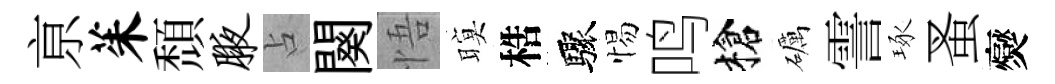
亰茱頹腋占闋悟暝梏驟惕鸣槍礪霅琢蚤爕